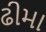
ઢીમા